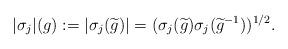
LaTeX: \begin{align*}\vert\sigma_j\vert(g):=\vert\sigma_j(\widetilde{g})\vert=(\sigma_j(\widetilde{g})\sigma_j(\widetilde{g}^{-1}))^{1/2}.\end{align*}